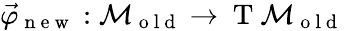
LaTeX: \vec{\varphi}_{\mathrm{~n~e~w~}}:\mathcal{M}_{\mathrm{~o~l~d~}}\to\mathrm{~T~}\mathcal{M}_{\mathrm{~o~l~d~}}